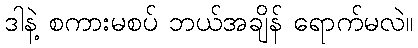
ဒါနဲ့ စကားမစပ် ဘယ်အချိန် ရောက်မလဲ။